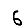
Digit: 6